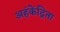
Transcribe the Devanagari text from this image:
अहंकेंद्रिता